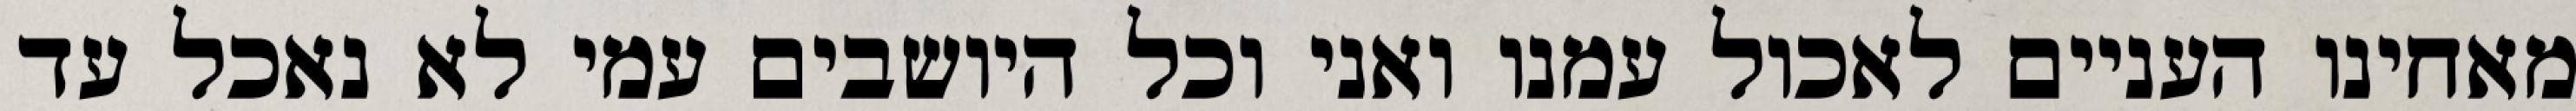
מאחינו העניים לאכול עמנו ואני וכל היושבים עמי לא נאכל עד